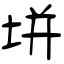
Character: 垪